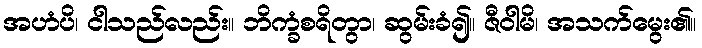
အဟံပိ၊ ငါသည်လည်း။ ဘိက္ခံစရိတွာ၊ ဆွမ်းခံ၍။ ဇီဝါမိ၊ အသက်မွေး၏။